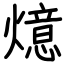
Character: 燱